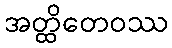
အတ္ထိတေဝဿ